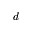
d